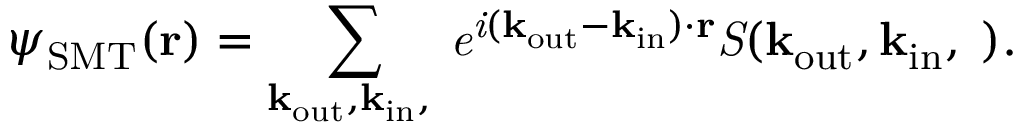
\psi _ { \mathrm { S M T } } ( \bf r ) = \sum _ { \bf k _ { \mathrm { o u t } } , \bf k _ { \mathrm { i n } } , \omega } \it e ^ { \it i ( \bf k _ { \mathrm { o u t } } - \bf k _ { \mathrm { i n } } ) \cdot { \bf r } } \it S ( \bf k _ { \mathrm { o u t } } , \bf k _ { \mathrm { i n } } , \omega ) .